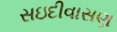
સઇદીવાસણ